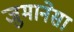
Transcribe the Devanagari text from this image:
जुमानेसा